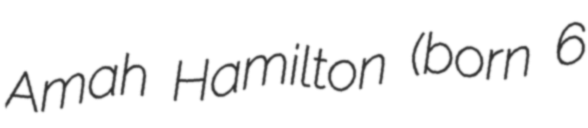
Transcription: Amah Hamilton (born 6